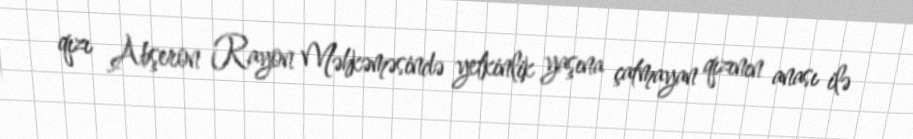
qızı Abşeron Rayon Məhkəməsində yetkinlik yaşına çatmayan qızının anası ilə